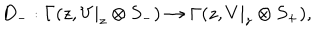
D _ { - } : \Gamma ( z , V | _ { z } \otimes S _ { - } ) \rightarrow \Gamma ( z , V | _ { z } \otimes S _ { + } ) ,